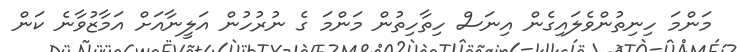
މަންމަ ހިނިތުންވެލައިގެން އިނަސް ހިތާހިތުން މަންމަ ގެ ނުރުހުން އަލީނާއަށް އަމާޒުވާނެ ކަން